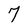
Character: 7